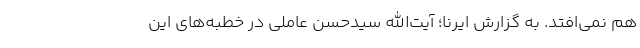
هم نمی‌افتد. به گزارش ایرنا؛ آیت‌الله سیدحسن عاملی در خطبه‌های این